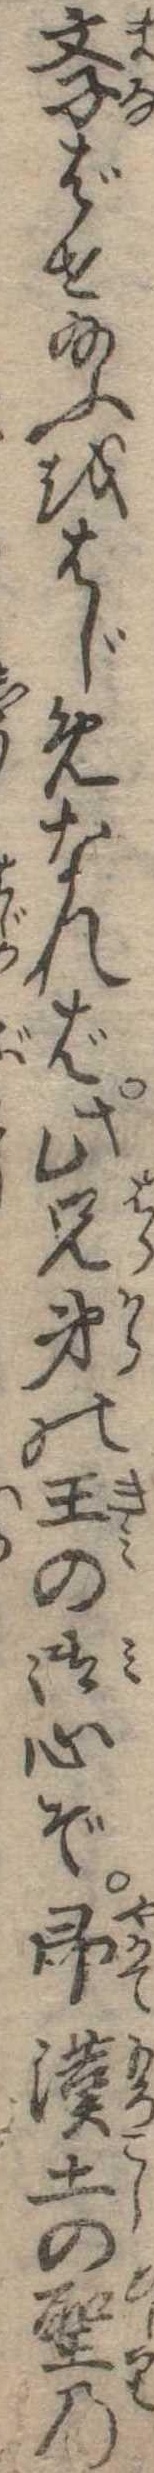
学ばせ給ふはじめなれば此兄弟の王の御心ぞ即漢土の聖の